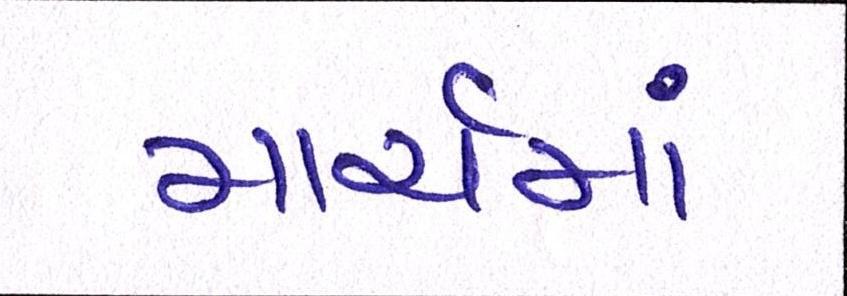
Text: માર્ચમાં